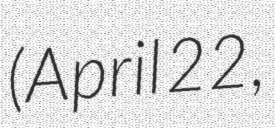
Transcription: (April 22,